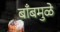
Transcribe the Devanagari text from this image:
बाँबमुळे